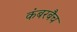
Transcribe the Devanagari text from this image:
कंबरबैच